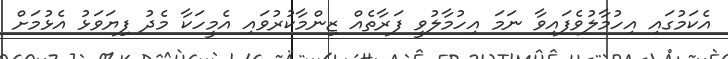
އެކަމުގައި އިހުމާލުވެފައިވާ ނަމަ އިހުމާލުވީ ފަރާތެއް ޒިންމާކުރުވައި އެމީހަކާ މެދު ފިޔަވަޅު އެޅުމަށް